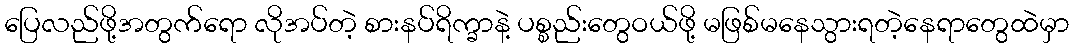
ပြေလည်ဖို့အတွက်ရော လိုအပ်တဲ့ စားနပ်ရိက္ခာနဲ့ ပစ္စည်းတွေဝယ်ဖို့ မဖြစ်မနေသွားရတဲ့နေရာတွေထဲမှာ